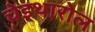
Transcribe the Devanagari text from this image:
चेइथारोल